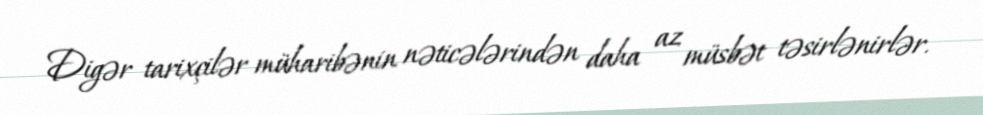
Digər tarixçilər müharibənin nəticələrindən daha az müsbət təsirlənirlər.